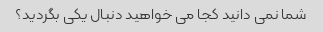
شما نمی دانید کجا می خواهید دنبال یکی بگردید؟